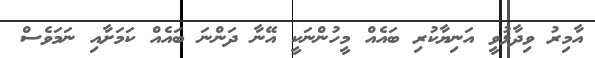
އާމިރު ވިދާޅުވީ އަނިޔާކުރި ބައެއް މީހުންނަކީ އޭނާ ދަންނަ ބައެއް ކަމަށާއި ނަމަވެސް